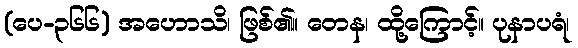
(ပေ-၃၆၆) အဟောသိ၊ ဖြစ်၏။ တေန၊ ထို့ကြောင့်။ ပုနာပရံ၊